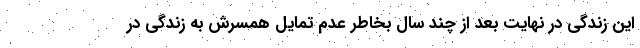
این زندگی در نهایت بعد از چند سال بخاطر عدم تمایل همسرش به زندگی در